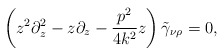
\begin{align*} \left( z^2 \partial_z^2 -z \partial_z - \frac{p^2}{4k^2} z \right) \tilde\gamma_{\nu\rho}=0,\end{align*}